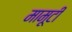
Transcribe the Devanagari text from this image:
मामूटी